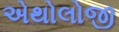
એથોલોજી